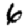
Digit: 6